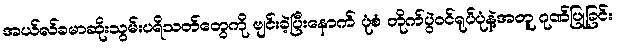
အယ်လ်ခမာဆိုးသွမ်းပရိသတ်တွေကို ဗျင်းခဲ့ပြီးနောက် ပုံစံ တိုက်ပွဲဝင်ရုပ်ပုံနဲ့အတူ ဂုဏ်ပြုခြင်း